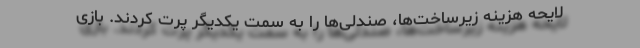
لایحه هزینه زیرساخت‌ها، صندلی‌ها را به سمت یکدیگر پرت کردند. بازی